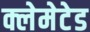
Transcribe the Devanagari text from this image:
क्लेमेटेड